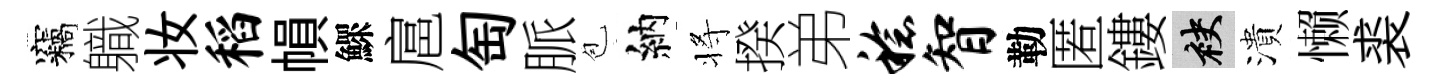
竊軄妆稻𢄙鰥扈匋脈苞納将揆弟稔智勒匿鏤袂潰懒裘